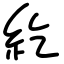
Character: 紇